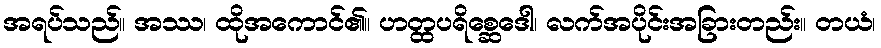
အရပ်သည်။ အဿ၊ ထိုအကောင်၏။ ဟတ္ထပရိစ္ဆေဒေါ၊ လက်အပိုင်းအခြားတည်း။ တယံ၊